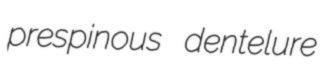
prespinous dentelure